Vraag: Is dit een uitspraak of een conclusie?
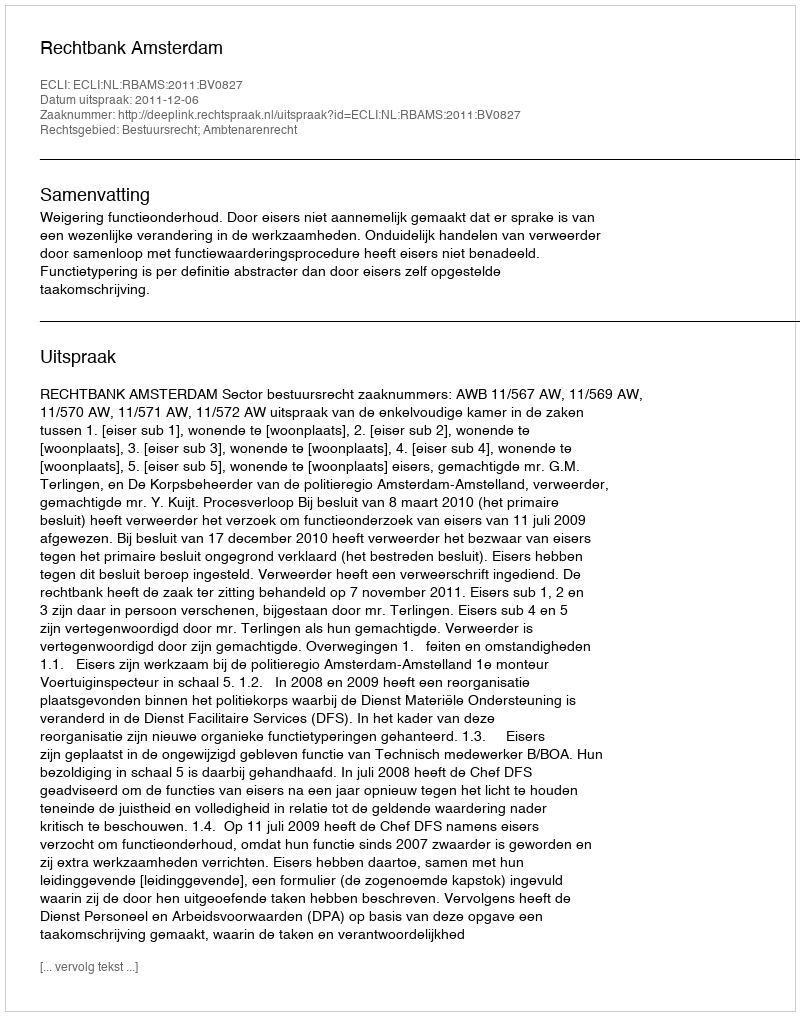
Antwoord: Uitspraak